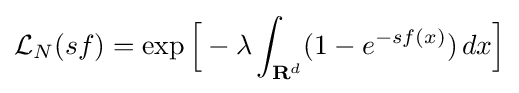
{\mathcal {L}}_{N}(sf)=\exp {\Bigl [}-\lambda \int _{{\textbf {R}}^{d}}(1-e^{-sf(x)})\,dx{\Bigr ]}